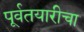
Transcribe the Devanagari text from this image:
पूर्वतयारीचा